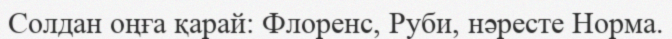
Солдан оңға қарай: Флоренс, Руби, нәресте Норма.